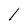
Character: l